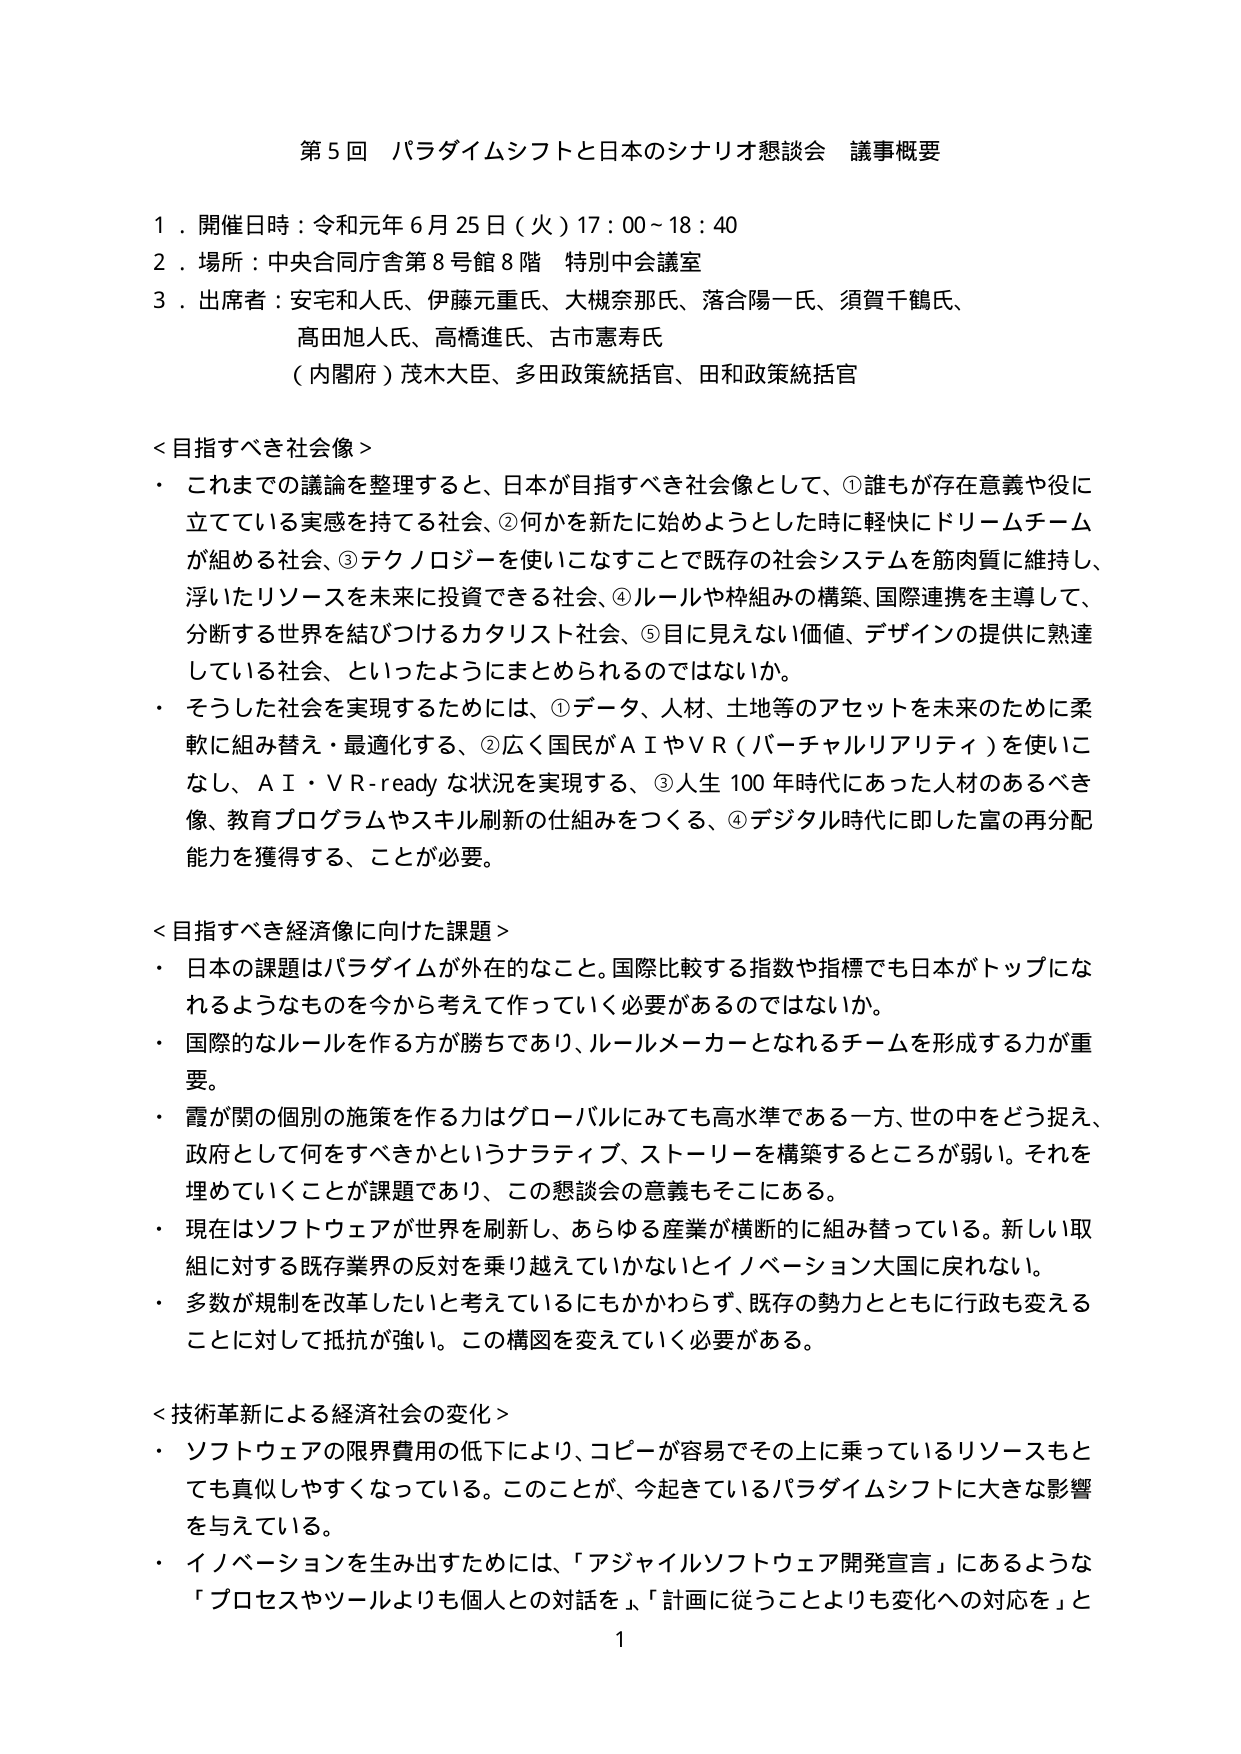
第5回 パラダイムシフトと日本のシナリオ懇談会 議事概要

１．開催日時：令和元年６月25日（火）17：00～18：40
２．場所：中央合同庁舎第8号館8階 特別中会議室
３．出席者：安宅和人氏、伊藤元重氏、大槻奈那氏、落合陽一氏、須賀千鶴氏、
　　　　　高田旭人氏、高橋進氏、古市憲寿氏
　　　　　（内閣府）茂木大臣、多田政策統括官、田和政策統括官

＜目指すべき社会像＞
・これまでの議論を整理すると、日本が目指すべき社会像として、①誰もが存在意義や役に
立っている実感を持てる社会、②何かを新たに始めようとした時に軽快にドリームチーム
が組める社会、③テクノロジーを使いこなすことで既存の社会システムを筋肉質に維持し、
浮いたリソースを未来に投資できる社会、④ルールや枠組みの構築、国際連携を主導して、
分断する世界を結びつけるカタリスト社会、⑤目に見えない価値、デザインの提供に熟達
している社会、といったようにまとめられるのではないか。
・そうした社会を実現するためには、①データ、人材、土地等のアセットを未来のために柔
軟に組み替え・最適化する、②広く国民がＡＩやＶＲ（バーチャルリアリティ）を使いこ
なし、ＡＩ・ＶＲ-ready な状況を実現する、③人生100年時代にあった人材のあるべき
像、教育プログラムやスキル刷新の仕組みをつくる、④デジタル時代に即した富の再分配
能力を獲得する、ことが必要。

＜目指すべき経済像に向けた課題＞
・日本の課題はパラダイムが外在的なこと。国際比較する指数や指標でも日本がトップにな
れるようなものを今から考えて作っていく必要があるのではないか。
・国際的なルールを作る方が勝ちであり、ルールメーカーとなれるチームを形成する力が重
要。
・霞が関の個別の施策を作る力はグローバルにみても高水準である一方、世の中をどう捉え、
政府として何をすべきかというナラティブ、ストーリーを構築するところが弱い。それを
埋めていくことが課題であり、この懇談会の意義もそこにある。
・現在はソフトウェアが世界を刷新し、あらゆる産業が横断的に組み替えている。新しい取
組に対する既存業界の反対を乗り越えていかないとイノベーション大国に戻れない。
・多数が規制を改革したいと考えているにもかかわらず、既存の勢力とともに行政も変える
ことに対して抵抗が強い。この構図を変えていく必要がある。

＜技術革新による経済社会の変化＞
・ソフトウェアの限界費用の低下により、コピーが容易でその上に乗っているリソースもと
ても真似しやすくなっている。このことが、今起きているパラダイムシフトに大きな影響
を与えている。
・イノベーションを生み出すためには、「アジャイルソフトウェア開発宣言」にあるような
「プロセスやツールよりも個人との対話を」、「計画に従うことよりも変化への対応を」と

1